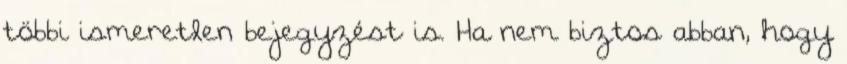
többi ismeretlen bejegyzést is. Ha nem biztos abban, hogy